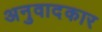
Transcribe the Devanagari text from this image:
अनुवादकार